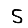
Digit: 5